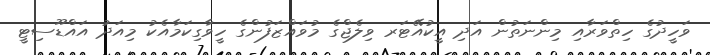
ވަހީދުގެ ހިތްވަރާއި މިންނަތުން އަދި އީކުއޭޓަރ ވިލެޖްގެ މުވައްޒަފުންގެ ހީވާގިކަމާއެކު މިއަދު އައްޑޫސިޓީ